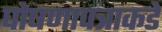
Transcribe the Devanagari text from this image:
घोषणापत्राकडे